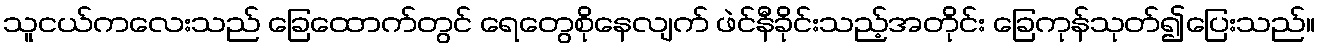
သူငယ်ကလေးသည် ခြေထောက်တွင် ရေတွေစိုနေလျက် ဖဲင်နီခိုင်းသည့်အတိုင်း ခြေကုန်သုတ်၍ပြေးသည်။